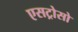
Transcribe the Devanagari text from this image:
एसट्रोसो